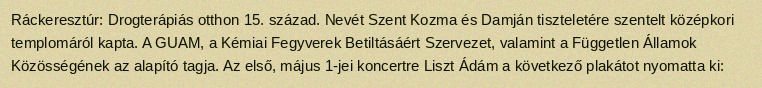
Ráckeresztúr: Drogterápiás otthon 15. század. Nevét Szent Kozma és Damján tiszteletére szentelt középkori templomáról kapta. A GUAM, a Kémiai Fegyverek Betiltásáért Szervezet, valamint a Független Államok Közösségének az alapító tagja. Az első, május 1-jei koncertre Liszt Ádám a következő plakátot nyomatta ki: